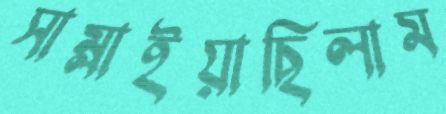
সাম্‌লাইয়াছিলাম